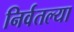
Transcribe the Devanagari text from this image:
निर्वतल्या